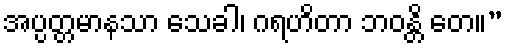
အပ္ပတ္တမာနသာ သေခါ၊ ဂရဟိတာ ဘဝန္တိ တေ။”